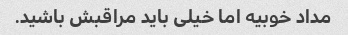
مداد خوبیه اما خیلی باید مراقبش باشید.